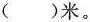
( )米。